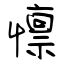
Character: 懔